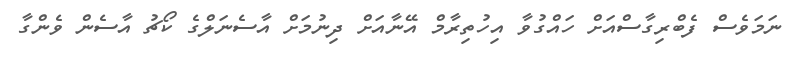
ނަމަވެސް ފެބްރިގާސްއަށް ހައްގުވާ އިހުތިރާމް އޭނާއަށް ދިނުމަށް އާސެނަލްގެ ކޯޗު އާސެން ވެންގާ